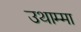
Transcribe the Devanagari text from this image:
उथाम्मा